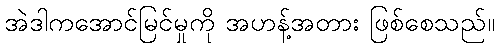
အဲဒါကအောင်မြင်မှုကို အဟန့်အတား ဖြစ်စေသည်။